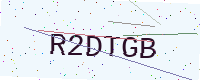
Text: R2DTGB